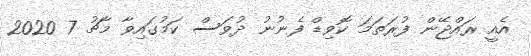
އެއީ ރައްޖޭން ފުރަތަމަ ކޮވިޑް ފެނުނު ދުވަސް ކަމުގައިވާ މާޗު 7 2020